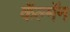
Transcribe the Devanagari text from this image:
कॅल्मॅन